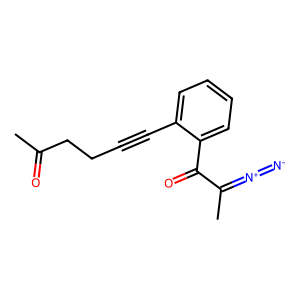
SMILES: CC(=O)CCC#Cc1ccccc1C(=O)C(C)=[N+]=[N-]
Inhibits HIV replication: No